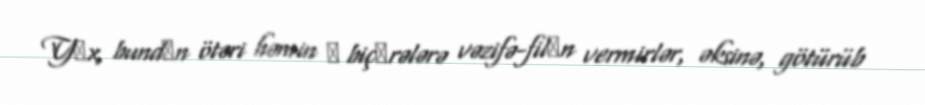
Yоx, bundаn ötəri həmin о biçаrələrə vəzifə-filаn vermirlər, əksinə, götürüb